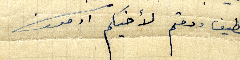
اللطيف ودمتم لأخيكم ادمون